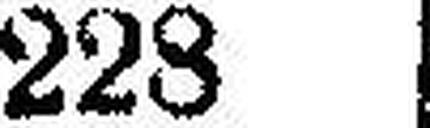
223